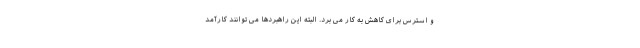
و استرس برای کاهش به کار می برد. البته این راهبردها می توانند کارآمد